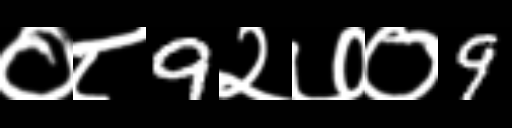
Text: ०८9२७०9